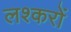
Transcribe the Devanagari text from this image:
लश्करों